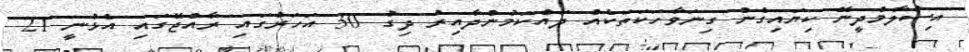
އިސްލާމްދީނޭ ކިޔައިގެން ގިނަވާހަކަތަކެއް ދައްކަމުންދާއިރު ދިގު 30 އަހަރުގައި ރާއްޖޭގައި އެޅުނީ 21